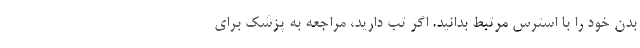
بدن خود را با استرس مرتبط بدانید. اگر تب دارید، مراجعه به پزشک برای